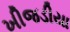
ખીજડીયા